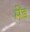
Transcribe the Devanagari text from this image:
मेंड